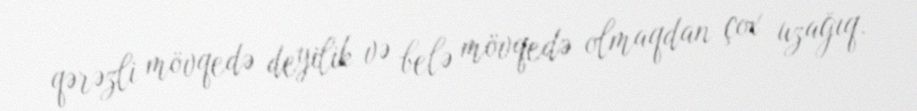
qərəzli mövqedə deyilik və belə mövqedə olmaqdan çox uzağıq.